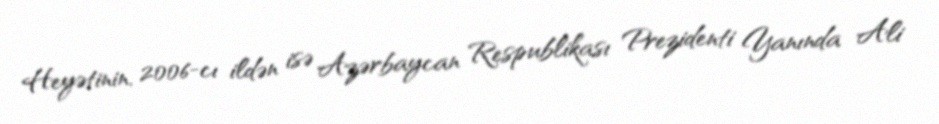
Heyətinin, 2006-cı ildən isə Azərbaycan Respublikası Prezidenti Yanında Ali